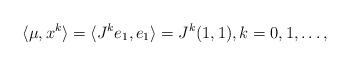
LaTeX: \begin{align*}\langle \mu, x^k\rangle = \langle J^k e_1, e_1\rangle = J^k(1,1), k = 0,1,\dots,\end{align*}